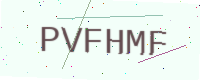
Text: PVFHMF